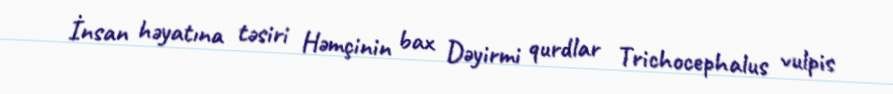
İnsan həyatına təsiri Həmçinin bax Dəyirmi qurdlar Trichocephalus vulpis